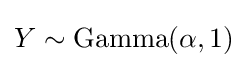
Y\sim {\text{Gamma}}(\alpha ,1)